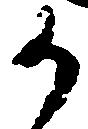
か